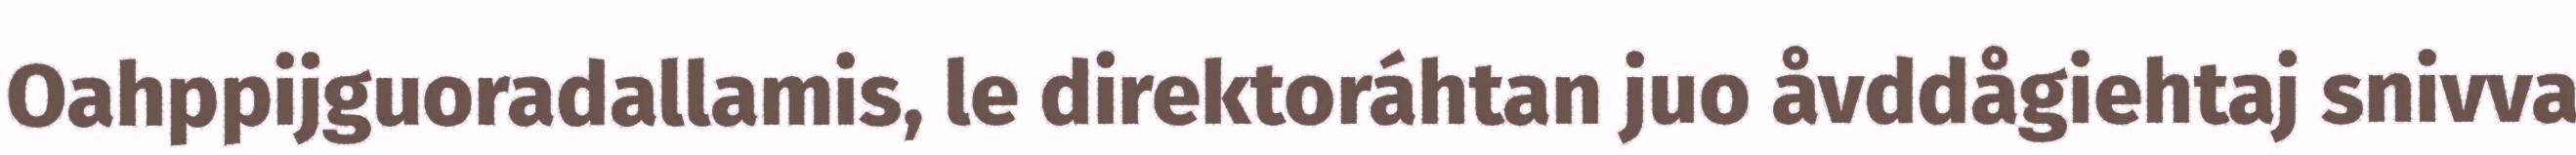
Oahppijguoradallamis, le direktoráhtan juo åvddågiehtaj snivva